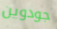
جودوين